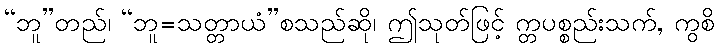
“ဘူ”တည်၊ “ဘူ=သတ္တာယံ”စသည်ဆို၊ ဤသုတ်ဖြင့် က္တပစ္စည်းသက်, ကွစိ